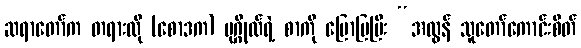
ဆရာတော်က တရားလို (စောဒက) ပုဂ္ဂိုလ်ရဲ့ စာကို ပြောပြပြီး “အလွန် သူတော်ကောင်းစိတ်